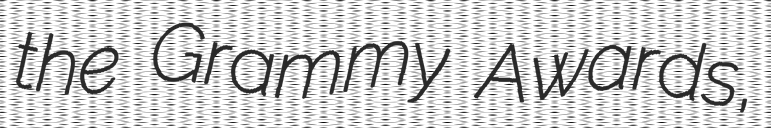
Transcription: the Grammy Awards,